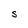
Character: S